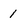
Character: 1